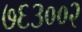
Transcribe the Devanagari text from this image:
७६३००२